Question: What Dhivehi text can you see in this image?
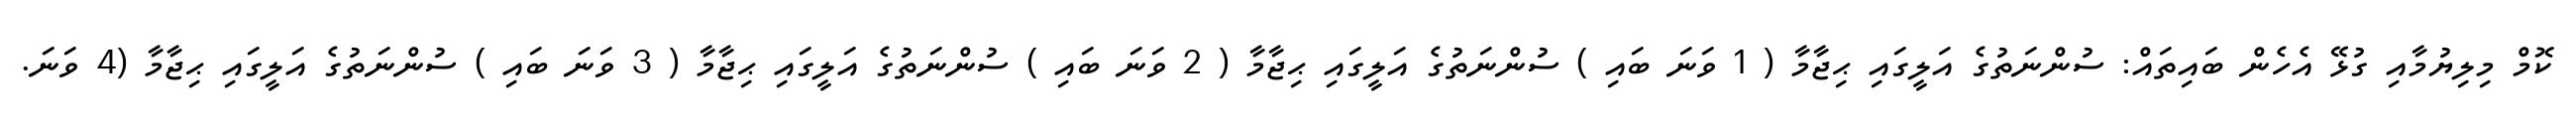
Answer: ކޮމް މިލިޔުމާއި ގުޅޭ އެހެން ބައިތައް: ސުންނަތުގެ އަލީގައި ޙިޖާމާ ( 1 ވަނަ ބައި ) ސުންނަތުގެ އަލީގައި ޙިޖާމާ ( 2 ވަނަ ބައި ) ސުންނަތުގެ އަލީގައި ޙިޖާމާ ( 3 ވަނަ ބައި ) ސުންނަތުގެ އަލީގައި ޙިޖާމާ (4 ވަނަ.